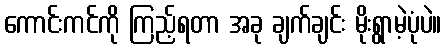
ကောင်းကင်ကို ကြည့်ရတာ အခု ချက်ချင်း မိုးရွာမဲ့ပုံပဲ။